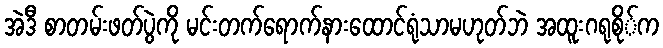
အဲဒီ စာတမ်းဖတ်ပွဲကို မင်းတက်ရောက်နားထောင်ရုံသာမဟုတ်ဘဲ အထူးဂရုစို်က